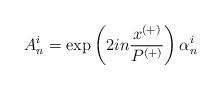
LaTeX: \begin{align*}A^i_n = \exp \left( 2in \frac{x^{(+)}}{P^{(+)}} \right) \alpha^i_n\end{align*}